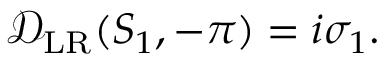
\begin{array} { r } { \mathcal { D } _ { \mathrm { L R } } ( S _ { 1 } , - \pi ) = i \sigma _ { 1 } . } \end{array}